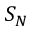
S _ { N }